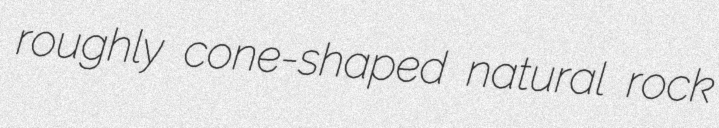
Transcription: roughly cone-shaped natural rock